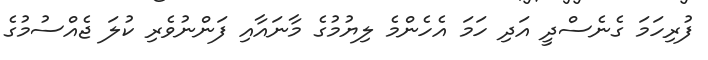
ފުރިހަމަ ގެނެސްދީ އަދި ހަމަ އެހެންމެ ލިޔުމުގެ މާނައާއި ފަންނުވެރި ކުލަ ޖެއްސުމުގެ